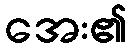
အေး၏